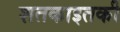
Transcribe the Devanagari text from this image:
शतकाइतकी